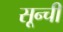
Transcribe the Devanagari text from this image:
सून्ची